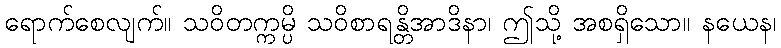
ရောက်စေလျက်။ သဝိတက္ကမ္ပိ သဝိစာရန္တိအာဒိနာ၊ ဤသို့ အစရှိသော။ နယေန၊